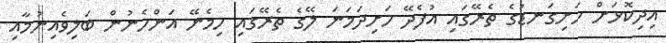
އިދިކޮޅަށް ހަށިގަނޑުގެ ތެރޭގައި އުފެދޭ ހަށިދަމަނަ ލޭގެ ތެރޭގައި ހިމެނޭ އަންހެނުން ބަލިވެއިނުމާއި